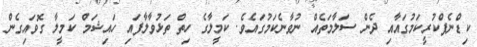
ކިޑްނެޕްކުރީކަމުގައާއި ދެން ސަލާމަތެއް ނުވާނެކަމުގައެވެ. ކަމީލާގެ ހިތް ތަޅުވާލާފައި ހައިޝަމް ކަމީލާ ގޮވައިގެން